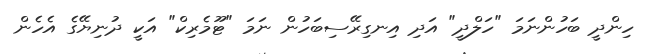
ހިންދީ ބަހުންނަމަ "ހަލްދީ" އަދި އިނގިރޭސިބަހުން ނަމަ "ޓޫމެރިކް" އަކީ ދުނިޔޭގެ އެހެން